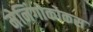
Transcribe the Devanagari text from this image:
मेनिंगोकोकस